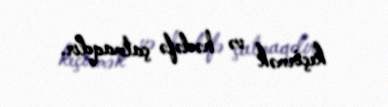
keçirmək və hədəfə çatmaqdır.